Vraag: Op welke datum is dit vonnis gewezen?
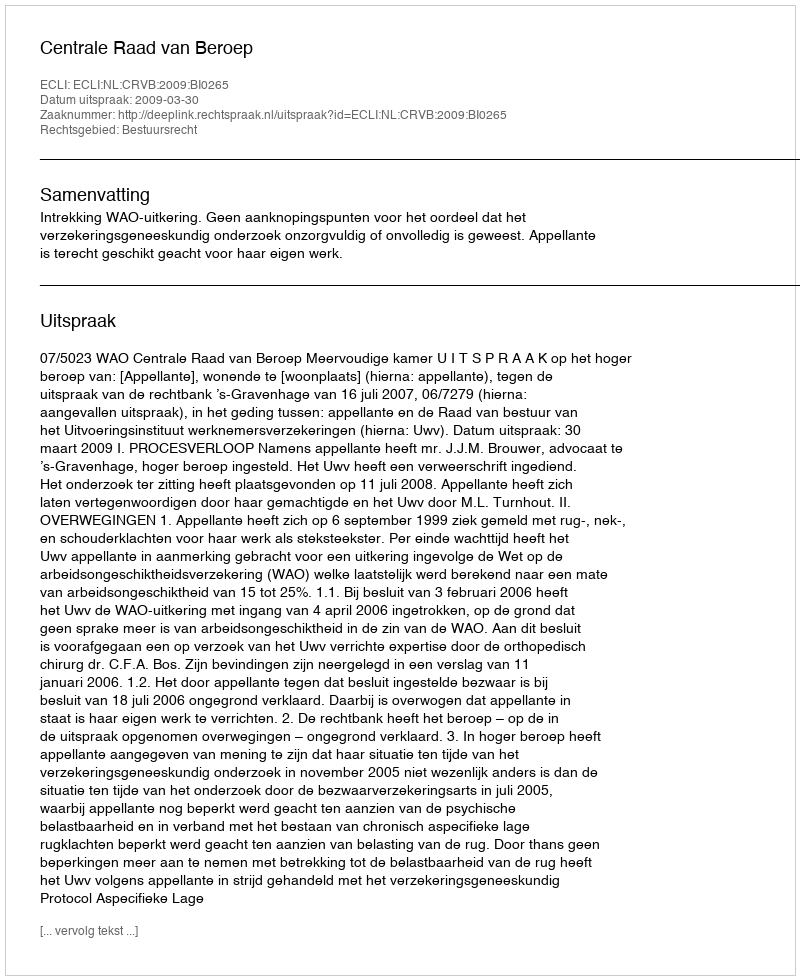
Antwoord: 2009-03-30